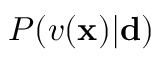
P ( v ( { \bf x } ) | \mathbf { d } )